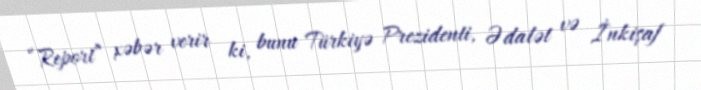
“Report” xəbər verir ki, bunu Türkiyə Prezidenti, Ədalət və İnkişaf